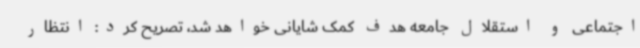
اجتماعی و استقلال جامعه هدف کمک شایانی خواهد شد، تصریح کرد: انتظار